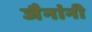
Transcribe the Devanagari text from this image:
जैनांनी